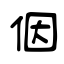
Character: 𪜶